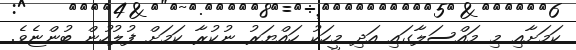
ކަމަށާއި މި މައްސަލާގައި އަދި މީހަކު ހައްޔަރު ނުކުރާ ކަމަށް ފުލުހުން ބުންޏެވެ.